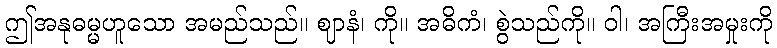
ဤအနုဓမ္မဟူသော အမည်သည်။ ဈာနံ၊ ကို။ အဓိကံ၊ စွဲသည်ကို။ ဝါ၊ အကြီးအမှုးကို